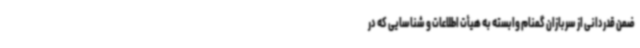
ضمن قدردانی از سربازان گمنام وابسته به هیأت اطلاعات و شناسایی که در